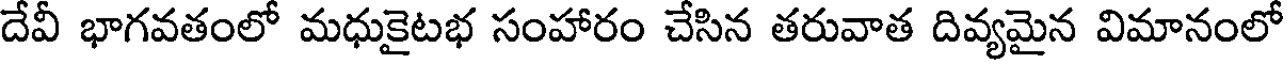
దేవీ భాగవతంలో మధుకైటభ సంహారం చేసిన తరువాత దివ్యమైన విమానంలో